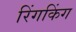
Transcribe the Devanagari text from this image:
रिंगकिंग